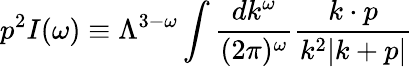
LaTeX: p^{2}I(\omega)\equiv\Lambda^{3-\omega}\int{\frac{dk^{\omega}}{(2\pi)^{\omega}}}{\frac{k\cdot p}{k^{2}|k+p|}}